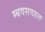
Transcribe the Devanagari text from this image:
म्बवसवहल